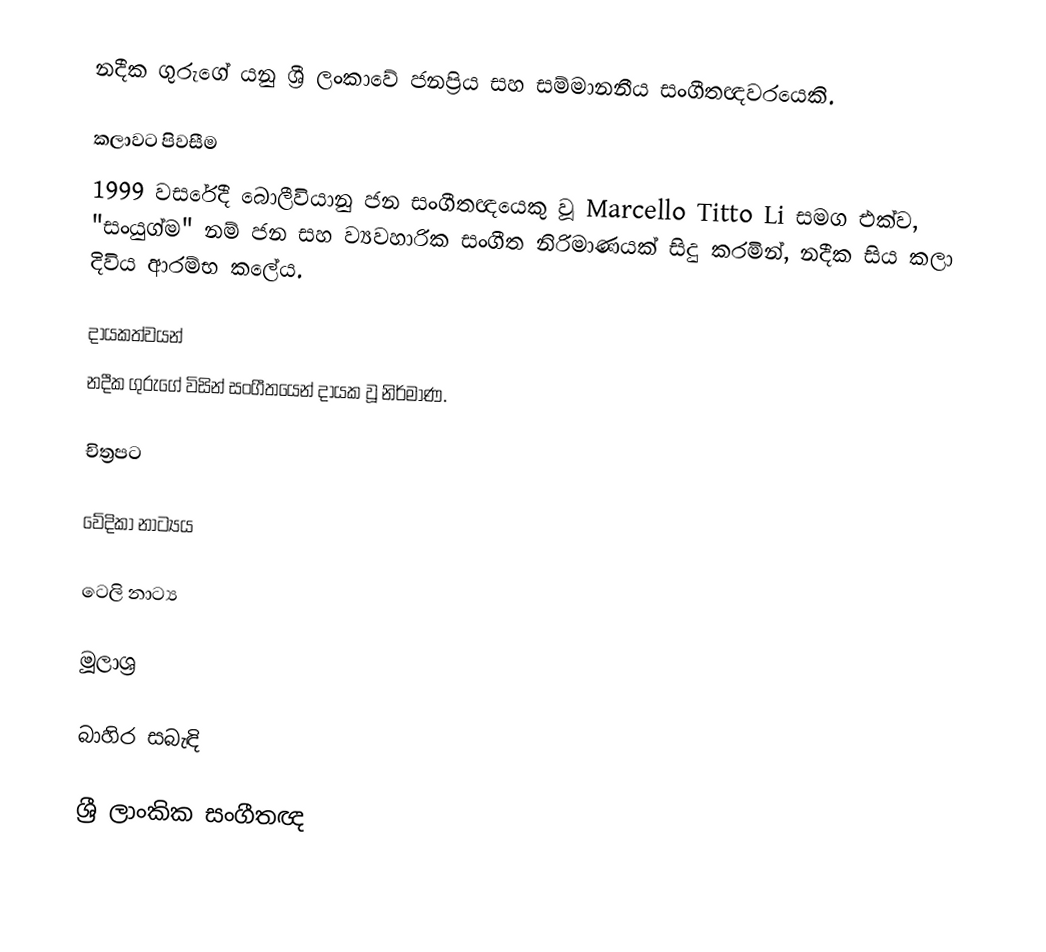
නදීක ගුරුගේ යනු ශ්‍රී ලංකාවේ ජනප්‍රිය සහ සම්මානනීය සංගීතඥවරයෙකි.

කලාවට පිවසීම
1999 වසරේදී බොලීවියානු ජන සංගීතඥයෙකු වූ  Marcello Titto Li සමග එක්ව, "සංයුග්ම" නම් ජන සහ ව්‍යවහාරික සංගීත නිරිමාණයක් සිදු කරමින්, නදීක සිය කලා දිවිය ආරම්භ කලේය.

දායකත්වයන්
නදීක ගුරුගේ විසින් සංගීතයෙන් දායක වූ නිර්මාණ.

චිත්‍රපට

වේදිකා නාට්‍යය

ටෙලි නාට්‍ය

මූලාශ්‍ර

බාහිර සබැඳි

ශ්‍රී ලාංකික සංගීතඥ